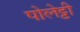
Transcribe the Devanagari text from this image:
पोलेट्टी